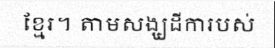
ខ្មែរ។ តាមសង្ឃដីការបស់